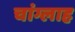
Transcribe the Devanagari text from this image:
चांग्लाह